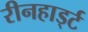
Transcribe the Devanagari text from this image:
रीनहार्ड्ट